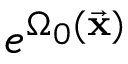
e ^ { \Omega _ { 0 } ( \vec { \bf x } ) }